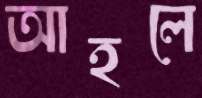
আহলে